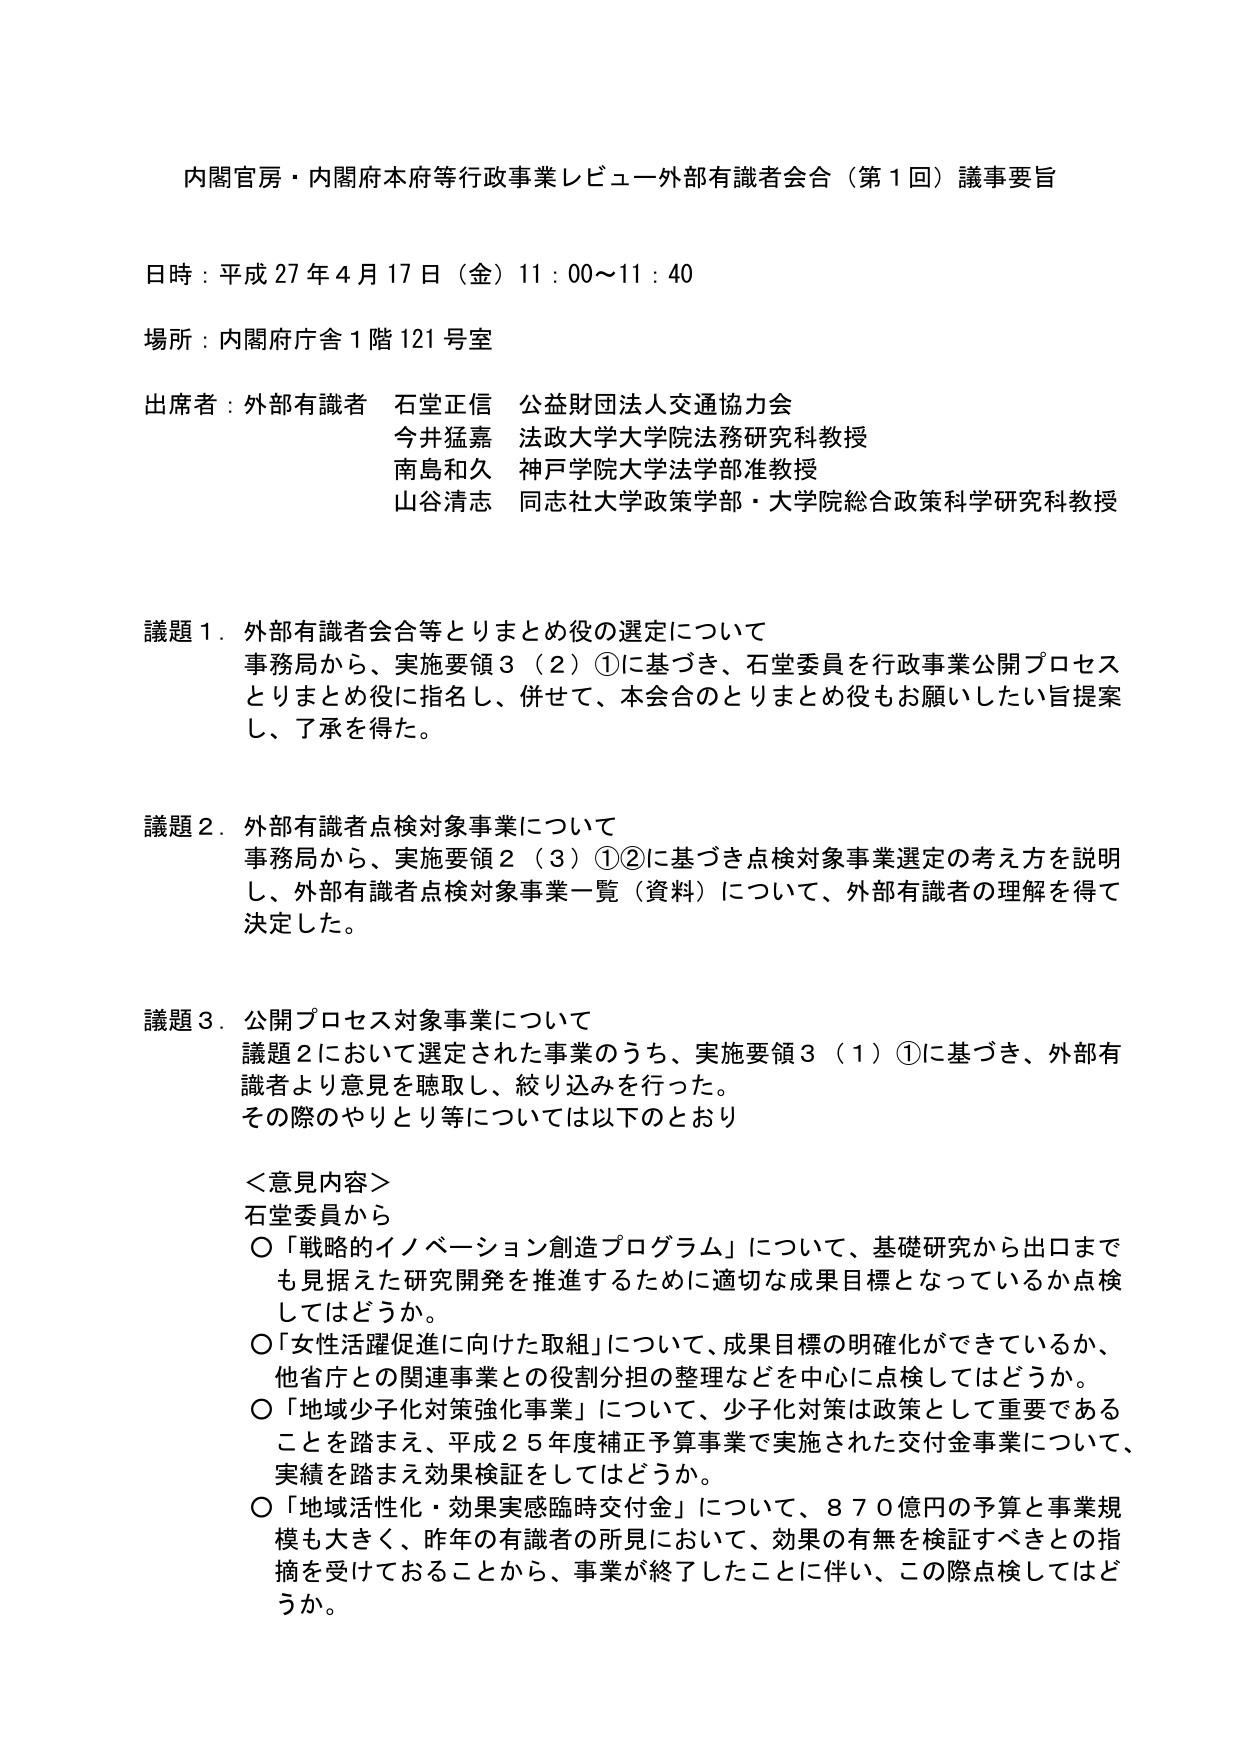
内閣官房・内閣府本府等行政事業レビュー外部有識者会合（第1回）議事要旨

日時：平成27年4月17日（金）11：00～11：40

場所：内閣府庁舎1階121号室

出席者：外部有識者 石堂正信 公益財団法人交通協力会
　　　　今井猛嘉 法政大学大学院法務研究科教授
　　　　南島和久 神戸学院大学法学部准教授
　　　　山谷清志 同志社大学政策学部・大学院総合政策科学研究科教授

議題1．外部有識者会合等とりまとめ役の選定について
　事務局から、実施要領3（2）①に基づき、石堂委員を行政事業公開プロセス
　とりまとめ役に指名し、併せて、本会合のとりまとめ役もお願いしたい旨提案
　し、了承を得た。

議題2．外部有識者点検対象事業について
　事務局から、実施要領2（3）①②に基づき点検対象事業選定の考え方を説明
　し、外部有識者点検対象事業一覧（資料）について、外部有識者の理解を得て
　決定した。

議題3．公開プロセス対象事業について
　議題2において選定された事業のうち、実施要領3（1）①に基づき、外部有
　識者より意見を聴取し、絞り込みを行った。
　その際のやりとり等については以下のとおり

＜意見内容＞
石堂委員から
○「戦略的イノベーション創造プログラム」について、基礎研究から出口まで
　も見据えた研究開発を推進するために適切な成果目標となっているか点検
　してはどうか。
○「女性活躍促進に向けた取組」について、成果目標の明確化ができているか、
　他省庁との関連事業との役割分担の整理などを中心に点検してはどうか。
○「地域少子化対策強化事業」について、少子化対策は政策として重要である
　ことを踏まえ、平成25年度補正予算事業で実施された交付金事業について、
　実績を踏まえ効果検証をしてはどうか。
○「地域活性化・効果実感臨時交付金」について、870億円の予算と事業規
　模も大きく、昨年の有識者の所見において、効果の有無を検証すべきとの指
　摘を受けておることから、事業が終了したことに伴い、この際点検してはどう
　か。